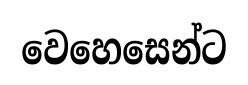
වෙහෙසෙන්ට